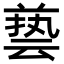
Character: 兿